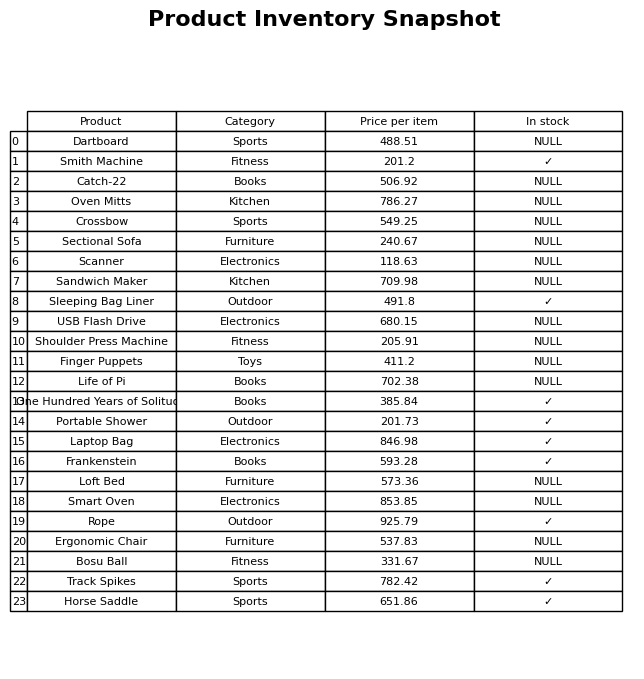
question: What is the price for Frankenstein?
answer: The price of Frankenstein is 593.28.